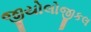
જીયોલોજીકલ